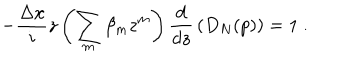
LaTeX: - { \frac { \Delta x } { i } } z \left( \sum _ { m } \beta _ { m } z ^ { m } \right) { \frac { d } { d z } } \left( D _ { N } ( p ) \right) = 1 \ .